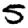
Digit: 5